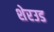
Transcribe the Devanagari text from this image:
शेरउड